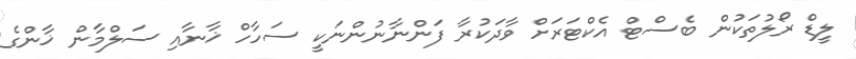
ލީޑް ރޯލުތަކުން ބެސްޓް އެކްޓަރަށް ވާދަކުރާ ފަންނާނުންނަކީ ސަހާހް ޚާނާއި ސަލްމާން ޚާންގެ